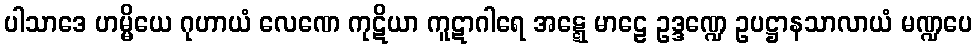
ပါသာဒေ ဟမ္မိယေ ဂုဟာယံ လေဏေ ကုဋိယာ ကူဋာဂါရေ အဋ္ဋေ မာဠေ ဥဒ္ဒဏ္ဍေ ဥပဋ္ဌာနသာလာယံ မဏ္ဍပေ